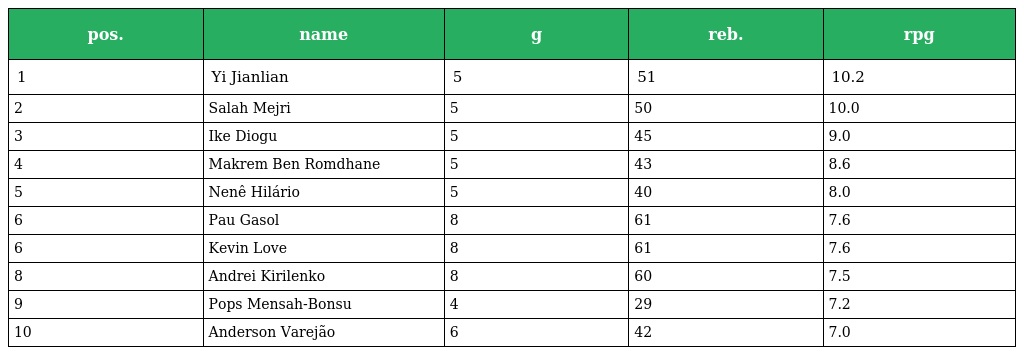
| pos. | name | g | reb. | rpg |
 | --- | --- | --- | --- | --- |
 | 1 | Yi Jianlian | 5 | 51 | 10.2 |
 | 2 | Salah Mejri | 5 | 50 | 10.0 |
 | 3 | Ike Diogu | 5 | 45 | 9.0 |
 | 4 | Makrem Ben Romdhane | 5 | 43 | 8.6 |
 | 5 | Nenê Hilário | 5 | 40 | 8.0 |
 | 6 | Pau Gasol | 8 | 61 | 7.6 |
 | 6 | Kevin Love | 8 | 61 | 7.6 |
 | 8 | Andrei Kirilenko | 8 | 60 | 7.5 |
 | 9 | Pops Mensah-Bonsu | 4 | 29 | 7.2 |
 | 10 | Anderson Varejão | 6 | 42 | 7.0 |